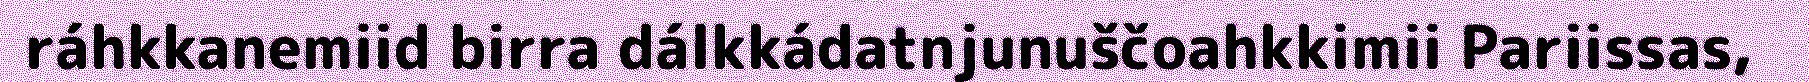
ráhkkanemiid birra dálkkádatnjunuščoahkkimii Pariissas,